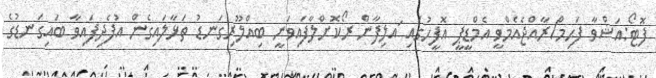
ފޮޓޯ:އަޝްވާ ފަޙިމް/ރާއްޖެއެމްވީ އެމްޑީޕީ އޮފީހުގައި ައލިފާން ރޯކޮށްލާފައިވަނީ ބިއްލޫރިގަނޑު ތަޅާލައިގެން އުފެދިފައިވާ ބައިގަނޑުގެ